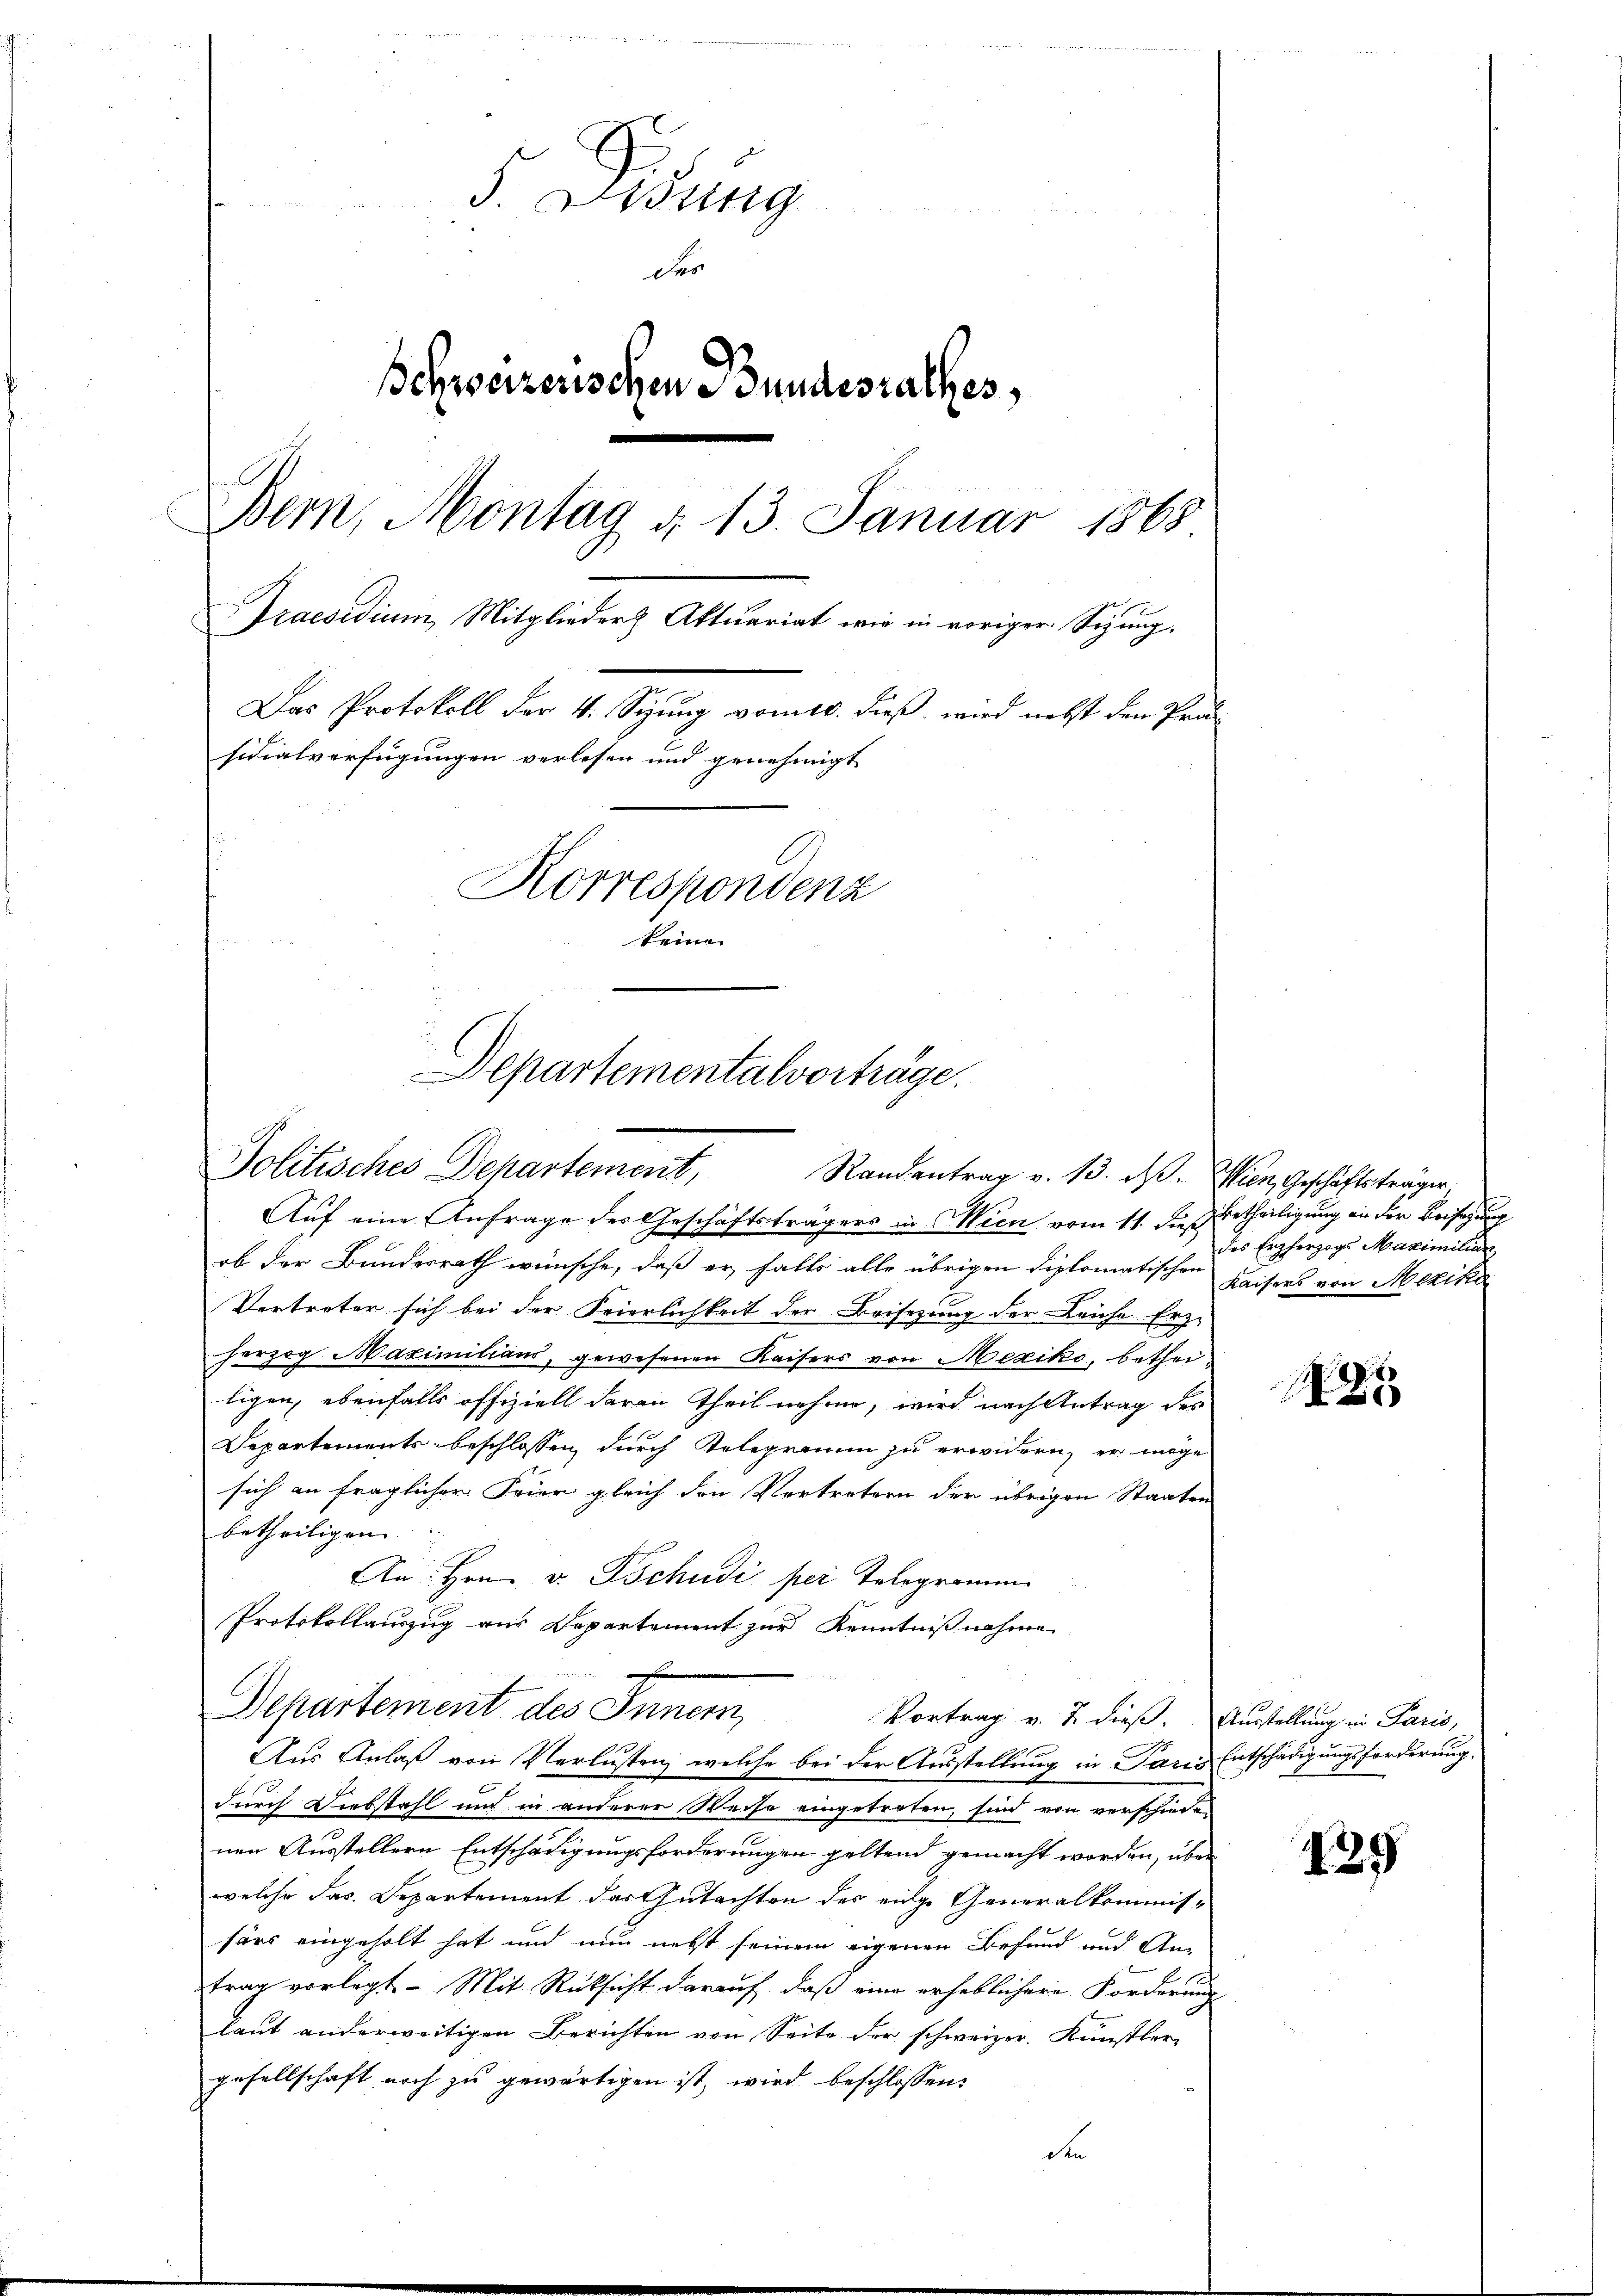
S. Ordung
Des
Schweizerischen Bundesrathes,
Bern, Montag d. 13. Januar 1868
Praesidiain, Mitglieder Aktuariat wie in vorigen Sitzung.
Das Protokoll der 4. Sizung vom 10. dieß, wird nebst den Prä-
sidialverfügungen verlesen und genehmigt
Korrespondenz
keine |

Departementalvorträge.
Politisches Departement, Randantrag v. 13. ds. Wien, Geschäftsträger,

Auf eine Anfrage des Geschäftsträgers in Wien vom 11. dieß Betheiligung an der Beisezung
ob der Bundesrath wünsche, daß er falls alle übrigen diplomatischen Kaisers von Mexika
Vertreter sich bei der Feierlichkeit der Beisezung der Leiche Erz-
herzog Maximilians, gewesenen Kaisers von Mexiko, betheiligen, ebenfalls offiziell daran Theil nehme, wird nach Antrag des
Departements beschlossen durch Relegram zu erwidern, er möge
sich an fraglicher Feier gleich den Vertretern der übrigen Staaten
betheiligen. |
An Hrn. v. Tschudi per Telegramm
Protokollauszug aus Departement zur Kenntnißnahme.

Departement des Innern,
Vortrag v. J. dieß. Ausstellung in Paris,

Aus Anlaß von Verlusten, welche bei der Ausstellung in Paris Entschädigungsforderung,
durch Diebstahl und in anderer Weise eingetroten, sind von verschieden
nen Ausstellern Entschädigungsforderungen geltend gemacht worden, über
welche das. Departement das Gutachten der eige Generalkommis-
särs eingeholt hat und nun nebst seinem eigenen Befund und An-
trag vorlegt - Mit Rücksicht darauf, daß eine erheblichere Forderung
laut anderweitigen Berichten von Seite der schweizer Künstler
gesellschaft noch zu gewärtigen ist, wird beschlossen:
d

des Erzherzogs Maximiliar

1

439